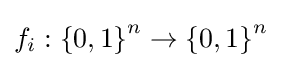
f_{i}:\left\{{0},{1}\right\}^{n}\to \left\{{0},{1}\right\}^{n}